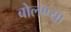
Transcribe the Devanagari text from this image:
बोलण्या